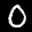
Label: 0